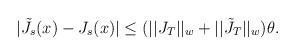
LaTeX: \begin{align*} |\tilde{J}_{s}(x)- J_{s}(x)| & \le (||J_T||_w+ ||\tilde{J}_T||_w ) \theta. \end{align*}